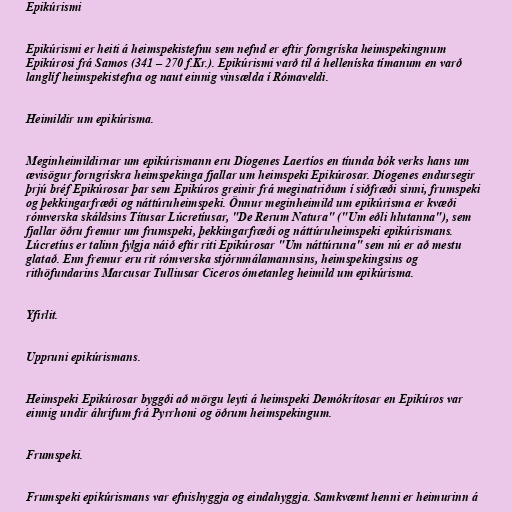
Epikúrismi

Epikúrismi er heiti á heimspekistefnu sem nefnd er eftir forngríska heimspekingnum
Epikúrosi frá Samos (341 – 270 f.Kr.). Epikúrismi varð til á helleníska tímanum en varð
langlíf heimspekistefna og naut einnig vinsælda í Rómaveldi.

Heimildir um epikúrisma.

Meginheimildirnar um epikúrismann eru Díogenes Laertíos en tíunda bók verks hans um
ævisögur forngrískra heimspekinga fjallar um heimspeki Epikúrosar. Díogenes endursegir
þrjú bréf Epikúrosar þar sem Epikúros greinir frá meginatriðum í siðfræði sinni, frumspeki
og þekkingarfræði og náttúruheimspeki. Önnur meginheimild um epikúrisma er kvæði
rómverska skáldsins Títusar Lúcretíusar, "De Rerum Natura" ("Um eðli hlutanna"), sem
fjallar öðru fremur um frumspeki, þekkingarfræði og náttúruheimspeki epikúrismans.
Lúcretíus er talinn fylgja náið eftir riti Epikúrosar "Um náttúruna" sem nú er að mestu
glatað. Enn fremur eru rit rómverska stjórnmálamannsins, heimspekingsins og
rithöfundarins Marcusar Tulliusar Ciceros ómetanleg heimild um epikúrisma.

Yfirlit.

Uppruni epikúrismans.

Heimspeki Epikúrosar byggði að mörgu leyti á heimspeki Demókrítosar en Epikúros var
einnig undir áhrifum frá Pyrrhoni og öðrum heimspekingum.

Frumspeki.

Frumspeki epikúrismans var efnishyggja og eindahyggja. Samkvæmt henni er heimurinn á